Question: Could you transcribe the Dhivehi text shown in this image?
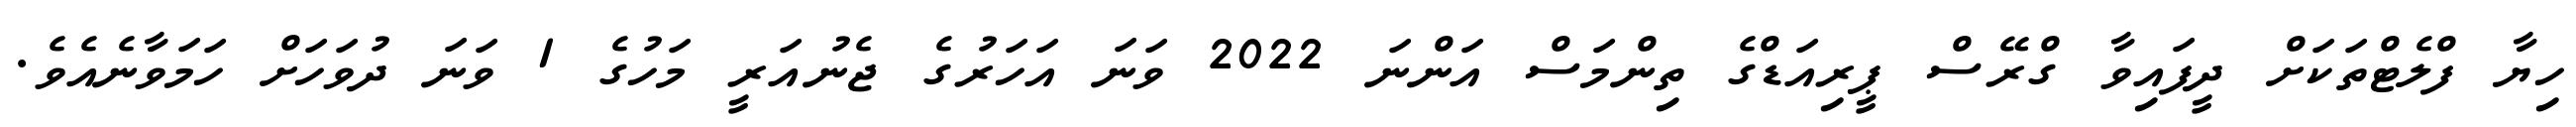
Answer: ހިޔާ ފްލެޓްތަކަށް ދީފައިވާ ގްރޭސް ޕީރިއަޑްގެ ތިންމަސް އަންނަ 2022 ވަނަ އަހަރުގެ ޖެނުއަރީ މަހުގެ 1 ވަނަ ދުވަހަށް ހަމަވާނެއެވެ.